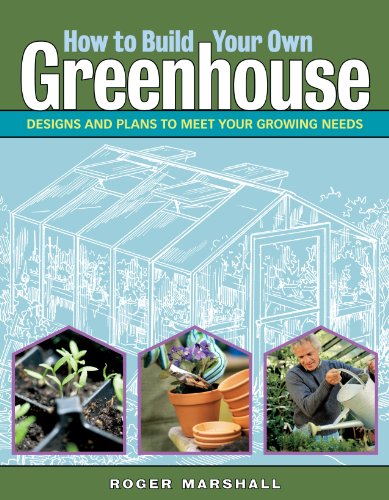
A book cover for How to Build Your Own Greenhouse: Designs and Plans to Meet Your Growing Needs; Roger Marshall; Crafts, Hobbies & Home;